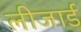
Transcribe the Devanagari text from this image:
लीजार्ड